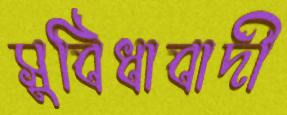
সুবিধাবাদী